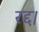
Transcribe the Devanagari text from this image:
रद्द।